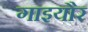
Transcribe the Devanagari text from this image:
गाइयौर